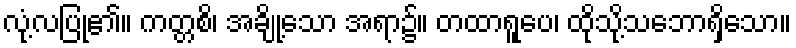
လုံ့လပြု၏။ ကတ္တစိ၊ အချို့သော အရာ၌။ တထာရူပေ၊ ထိုသို့သဘောရှိသော။